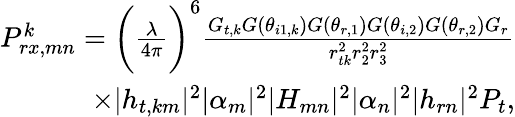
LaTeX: \begin{array}{r}{P_{rx,mn}^{k}=\bigg(\frac{\lambda}{4\pi}\bigg)^{6}\frac{G_{t,k}G(\theta_{i1,k})G(\theta_{r,1})G(\theta_{i,2})G(\theta_{r,2})G_{r}}{r_{tk}^{2}r_{2}^{2}r_{3}^{2}}}\\ {\times|{h}_{t,km}|^{2}|\alpha_{m}|^{2}|H_{mn}|^{2}|\alpha_{n}|^{2}|{h}_{rn}|^{2}P_{t},}\end{array}